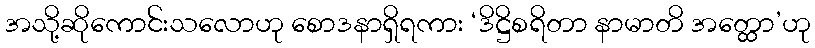
အသို့ဆိုကောင်းသလောဟု စောဒနာရှိရကား ‘ဒိဋ္ဌိစရိတာ နာမာတိ အတ္ထော’ဟု